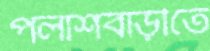
পলাশবাড়ীতে